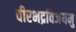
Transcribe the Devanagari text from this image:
वीरभद्रविजयमु